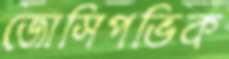
জোসিপভিক